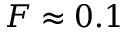
F \approx 0 . 1